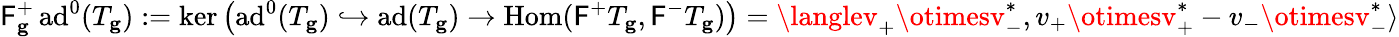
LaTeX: \mathsf{F}_{\mathbf{{g}}}^{+}\, \mathrm{{ad}}^{0}(T_{\mathbf{{g}}}):=\ker\left(\mathrm{{ad}}^{0}(T_{\mathbf{{g}}})\hookrightarrow\mathrm{{ad}}(T_{\mathbf{{g}}})\to\mathrm{{Hom}}(\mathsf{F}^{+}T_{\mathbf{{g}}},\mathsf{F}^{-}T_{\mathbf{{g}}})\right)=\langlev_{+}\otimesv_{-}^{*},v_{+}\otimesv_{+}^{*}-v_{-}\otimesv_{-}^{*}\rangle